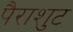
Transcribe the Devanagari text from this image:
पैराशुट